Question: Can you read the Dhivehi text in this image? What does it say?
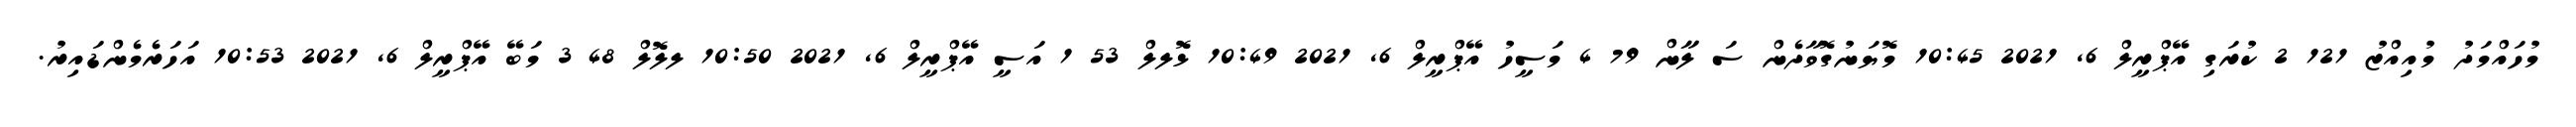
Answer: މުހައްމަދު މުއިއްޒު 121 2 ކުރަގި އޭޕްރީލް 6, 2021 10:45 މޮޔަނުގޮވާދެން ސަ ލާން 79 4 މަސީހު އޭޕްރީލް 6, 2021 10:49 ޅޮލލް 53 1 އަސީ އޭޕްރީލް 6, 2021 10:50 ލލޮލް 48 3 މަބޭ އޭޕްރީލް 6, 2021 10:53 އަހަރެމެންޑައިރު.